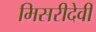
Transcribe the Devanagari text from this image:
मिसरीदेवी